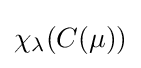
\chi _{\lambda }(C(\mu ))